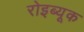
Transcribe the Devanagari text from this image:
रोइब्यूक